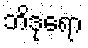
ဘိဒုရော